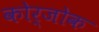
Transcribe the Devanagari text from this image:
कोर्जोक